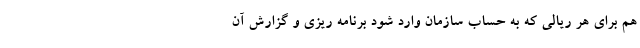
هم برای هر ریالی که به حساب سازمان وارد شود برنامه ریزی و گزارش آن